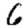
Digit: 6